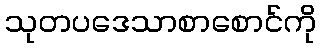
သုတပဒေသာစာစောင်ကို